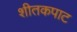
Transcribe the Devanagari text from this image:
शीतकपाट